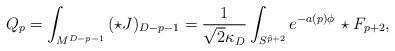
LaTeX: \begin{align*}Q_p=\int_{M^{D-p-1}}\,(\star J)_{D-p-1}={1\over{\sqrt{2}\kappa_D}}\int_{S^{\tilde{p}+2}}e^{-a(p)\phi}\,\star F_{p+2},\end{align*}